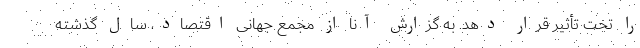
را تحت تأثیر قرار دهد. به گزارش آنا از مجمع جهانی اقتصاد، سال گذشته